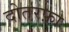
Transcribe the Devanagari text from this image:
दोतरफ़ा